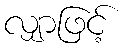
လျှာဖြင့်